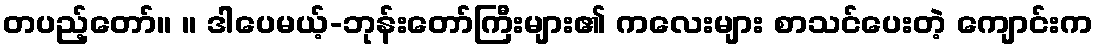
တပည့်တော်။ ။ ဒါပေမယ့်-ဘုန်းတော်ကြီးများ၏ ကလေးများ စာသင်ပေးတဲ့ ကျောင်းက